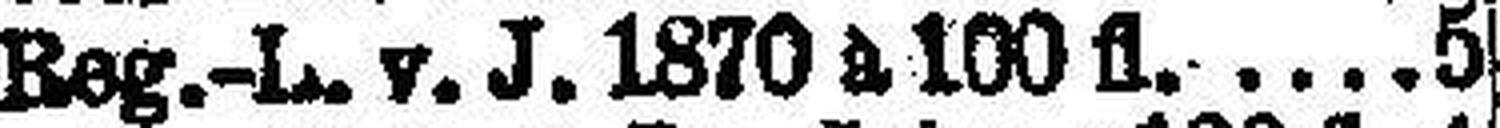
D.-Reg.L. v. J. 1870 à 100fl 5